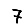
Digit: 7